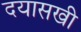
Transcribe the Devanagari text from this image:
दयासखी